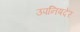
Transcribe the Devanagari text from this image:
उपनिषदेर